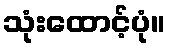
သုံးထောင့်ပုံ။